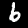
Label: 6